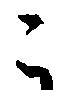
こ